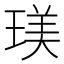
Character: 𤧞